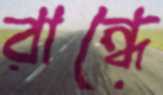
রান্ধে